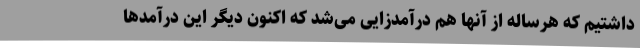
داشتیم که هرساله از آنها هم درآمدزایی می‌شد که اکنون دیگر این درآمدها